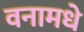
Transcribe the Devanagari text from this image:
वनामधे